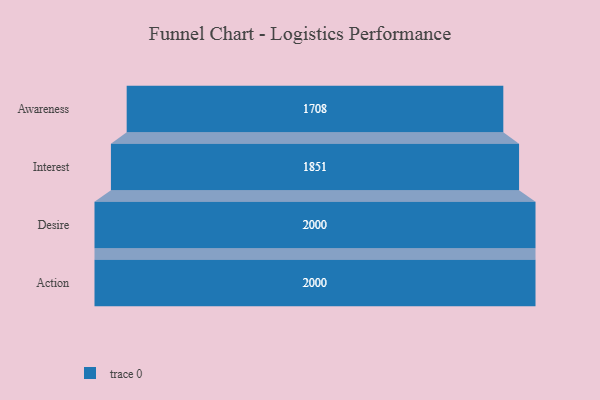
{"axis": {"x": "Stage", "y": "Value"}, "legend": [""], "data": [{"x": "Awareness", "y": 1708.0, "type": ""}, {"x": "Interest", "y": 1851.0, "type": ""}, {"x": "Desire", "y": 2000, "type": ""}, {"x": "Action", "y": 2000, "type": ""}]}